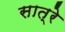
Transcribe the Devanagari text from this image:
सात्रे